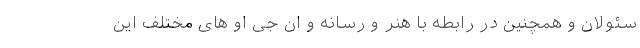
سئولان و همچنین در رابطه با هنر و رسانه و ان جی او های مختلف این